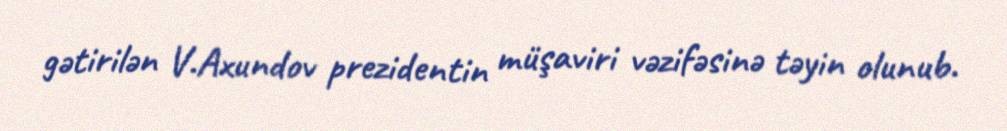
gətirilən V.Axundov prezidentin müşaviri vəzifəsinə təyin olunub.